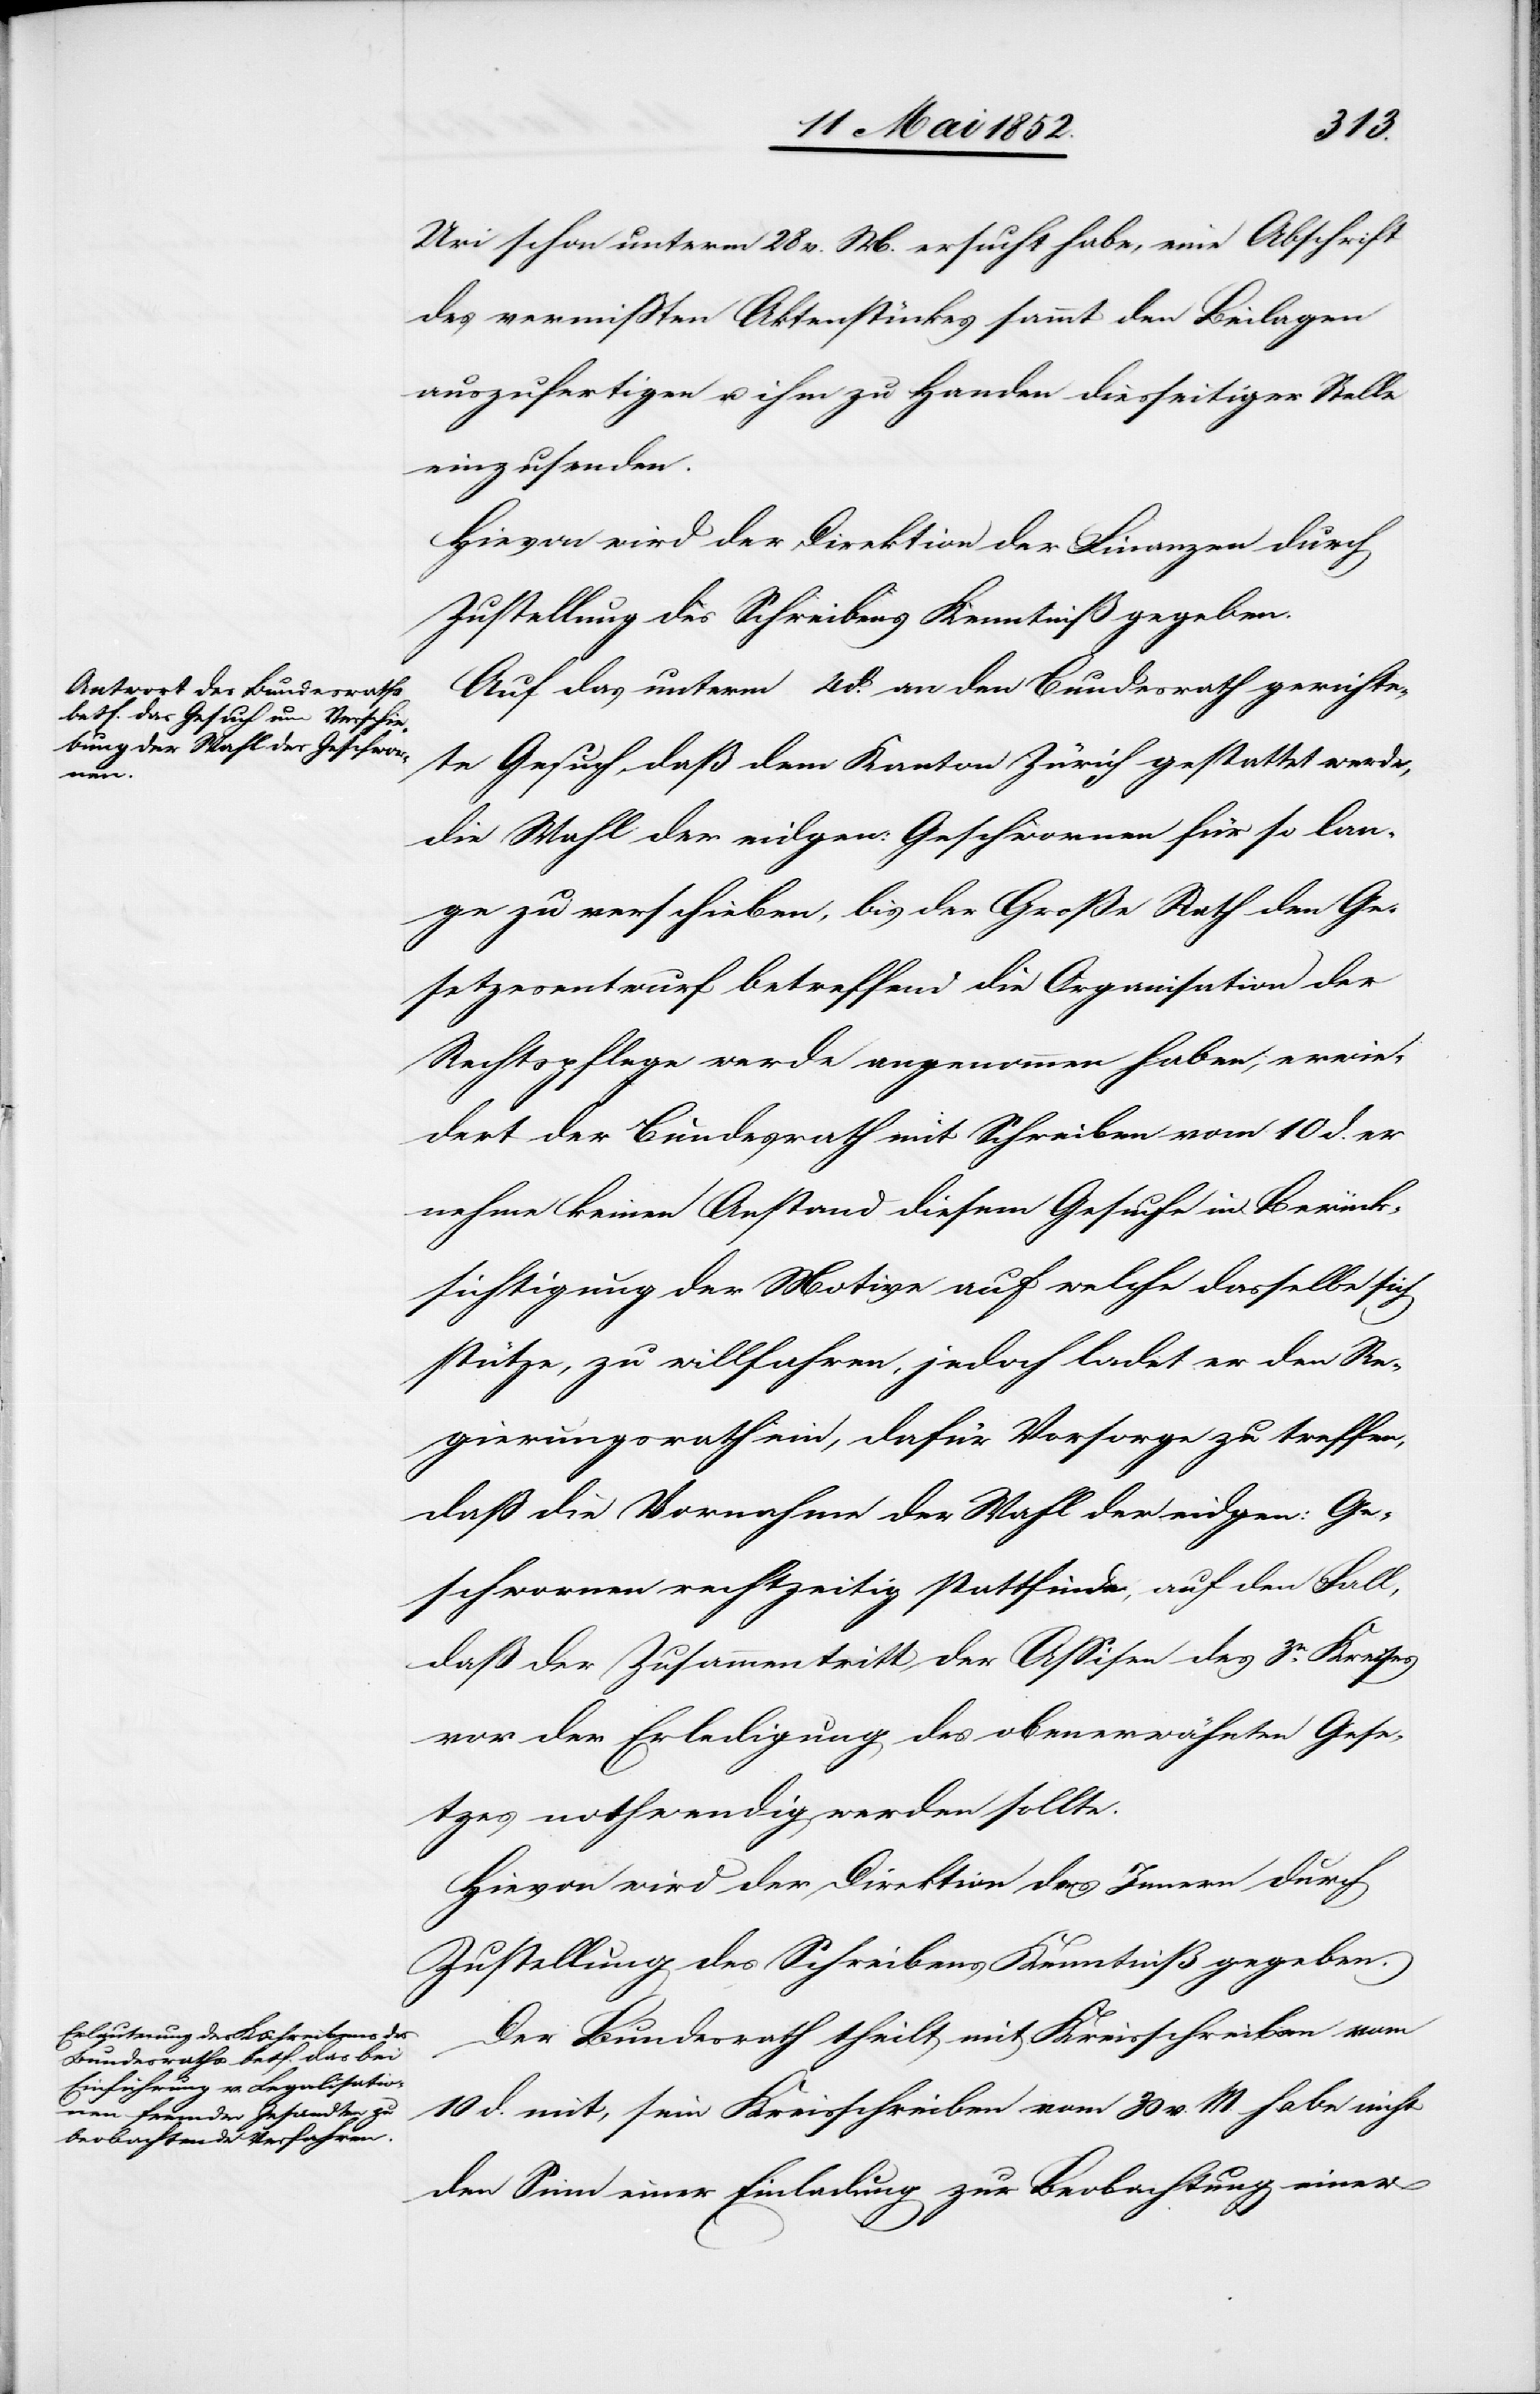
14 Mai 1852.]
Uri schon unterm 28 v. M. ersucht habe, eine Abschrift
des vermissten Aktenstückes sammt den Beilagen
auszufertigen u. ihm zu Handen diesseitiger Stelle
einzusenden.
Hievon wird der Direktion der Finanzen durch
Auf das unterm 4 d. an den Bundesrath gerichte¬
te Gesuch, daß dem Kanton Zürich gestattet werde,
die Wahl der eidgen: Geschwornen für so lan¬
ge zu verschieben, bis der Große Rath den Ge¬
setzesentwurf betreffend die Organisation der
Rechtspflege werde angenommen haben, erwie¬
dert der Bundesrath mit Schreiben vom 10 d. er
nehme keinen Anstand diesem Gesuche in Berück¬
sichtigung der Motive auf welche dasselbe sich
stütze, zu willfahren, jedoch ladet er den Re¬
gierungsrath ein, dafür Vorsorge zu treffen,
daß die Vornahme der Wahl der eidgen: Ge¬
schwornen rechtzeitig stattfinde, auf den Fall,
daß der Zusammentritt der Assisen des 3n. Kreises
vor der Erledigung des obenerwähnten Gese¬
tzes nothwendig werden sollte.
Hievon wird der Direktion des Innern durch
Zustellung des Schreibens Kenntniß gegeben.
Der Bundesrath theilt mit Kreisschreiben vom
10 d. mit, sein Kreisschreiben vom 30 v. M. habe nicht
den Sinn einer Einladung zur Beobachtung einer